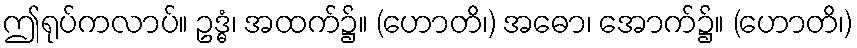
ဤရုပ်ကလာပ်။ ဥဒ္ဓံ၊ အထက်၌။ (ဟောတိ၊) အဓော၊ အောက်၌။ (ဟောတိ၊)